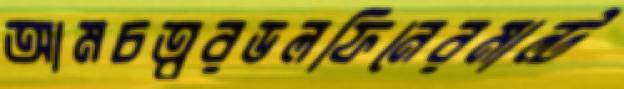
আমচত্বরডলফিনেরমাল্ট